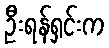
ဦးရန်ရှင်းက